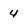
Character: 4